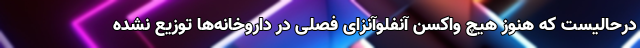
درحالیست که هنوز هیچ واکسن آنفلوآنزای فصلی در داروخانه‌ها توزیع نشده